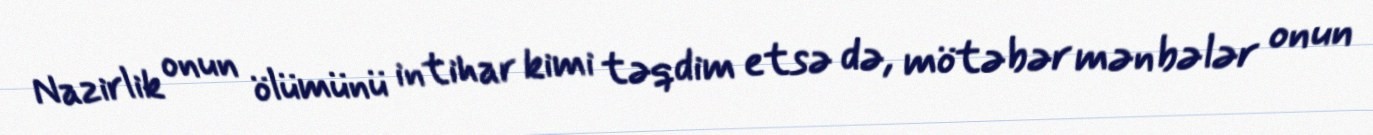
Nazirlik onun ölümünü intihar kimi təqdim etsə də, mötəbər mənbələr onun